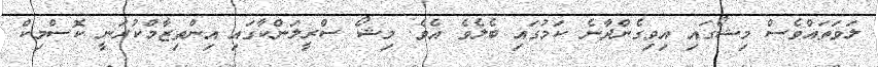
ލަވަތައްވެސް މިޝޯގައި އިވިގެންދާނެ ކަމުގައި ބެލެވެ އެވެ. މިޝޯ ސްރީލަންކާގައި އިންތިޒާމްކުރަނީ ކޮސްމިކް